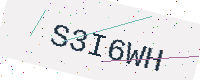
Text: S3I6WH